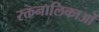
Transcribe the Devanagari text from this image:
रक्तनालिकाओं